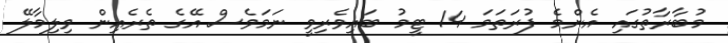
މުބާރާތުގައި އެންމެ ފުރަތަމަ 14 ޓީމު ބައިވެރިވީ ނަމަވެސް އޭގެ ތެރެއިން ވިލިމާލޭ